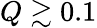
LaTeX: Q\gtrsim 0.1